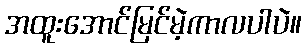
အထူးအောင်မြင်မဲ့ကာလပါပဲ။